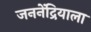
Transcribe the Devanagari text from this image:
जननेंद्रियाला